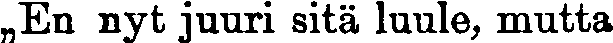
,,En nyt juuri sitä luule, mutta